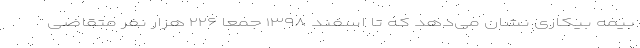
بیمه بیکاری نشان می‌دهد که تا اسفند ۱۳۹۸ جمعا ۲۲۶ هزار نفر متقاضی